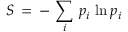
S \, = \, - \, \sum _ { i } \, p _ { i } \, \ln p _ { i }